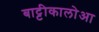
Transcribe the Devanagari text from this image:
बाट्टीकालोआ